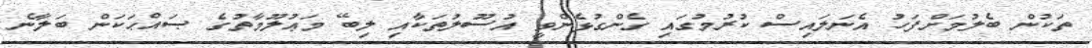
ތަކުން ބެލުމަށްފަހު އެނަލައިސް ކުރުމުގައި ގެންގުޅެންވީ އުސޫލުތަކާއި ލިބޭ މަޢުލޫމާތުގެ ޞައްޙަކަން ބަލާނެ